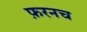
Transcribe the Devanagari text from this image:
फ़रनच